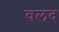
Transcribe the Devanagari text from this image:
वलद